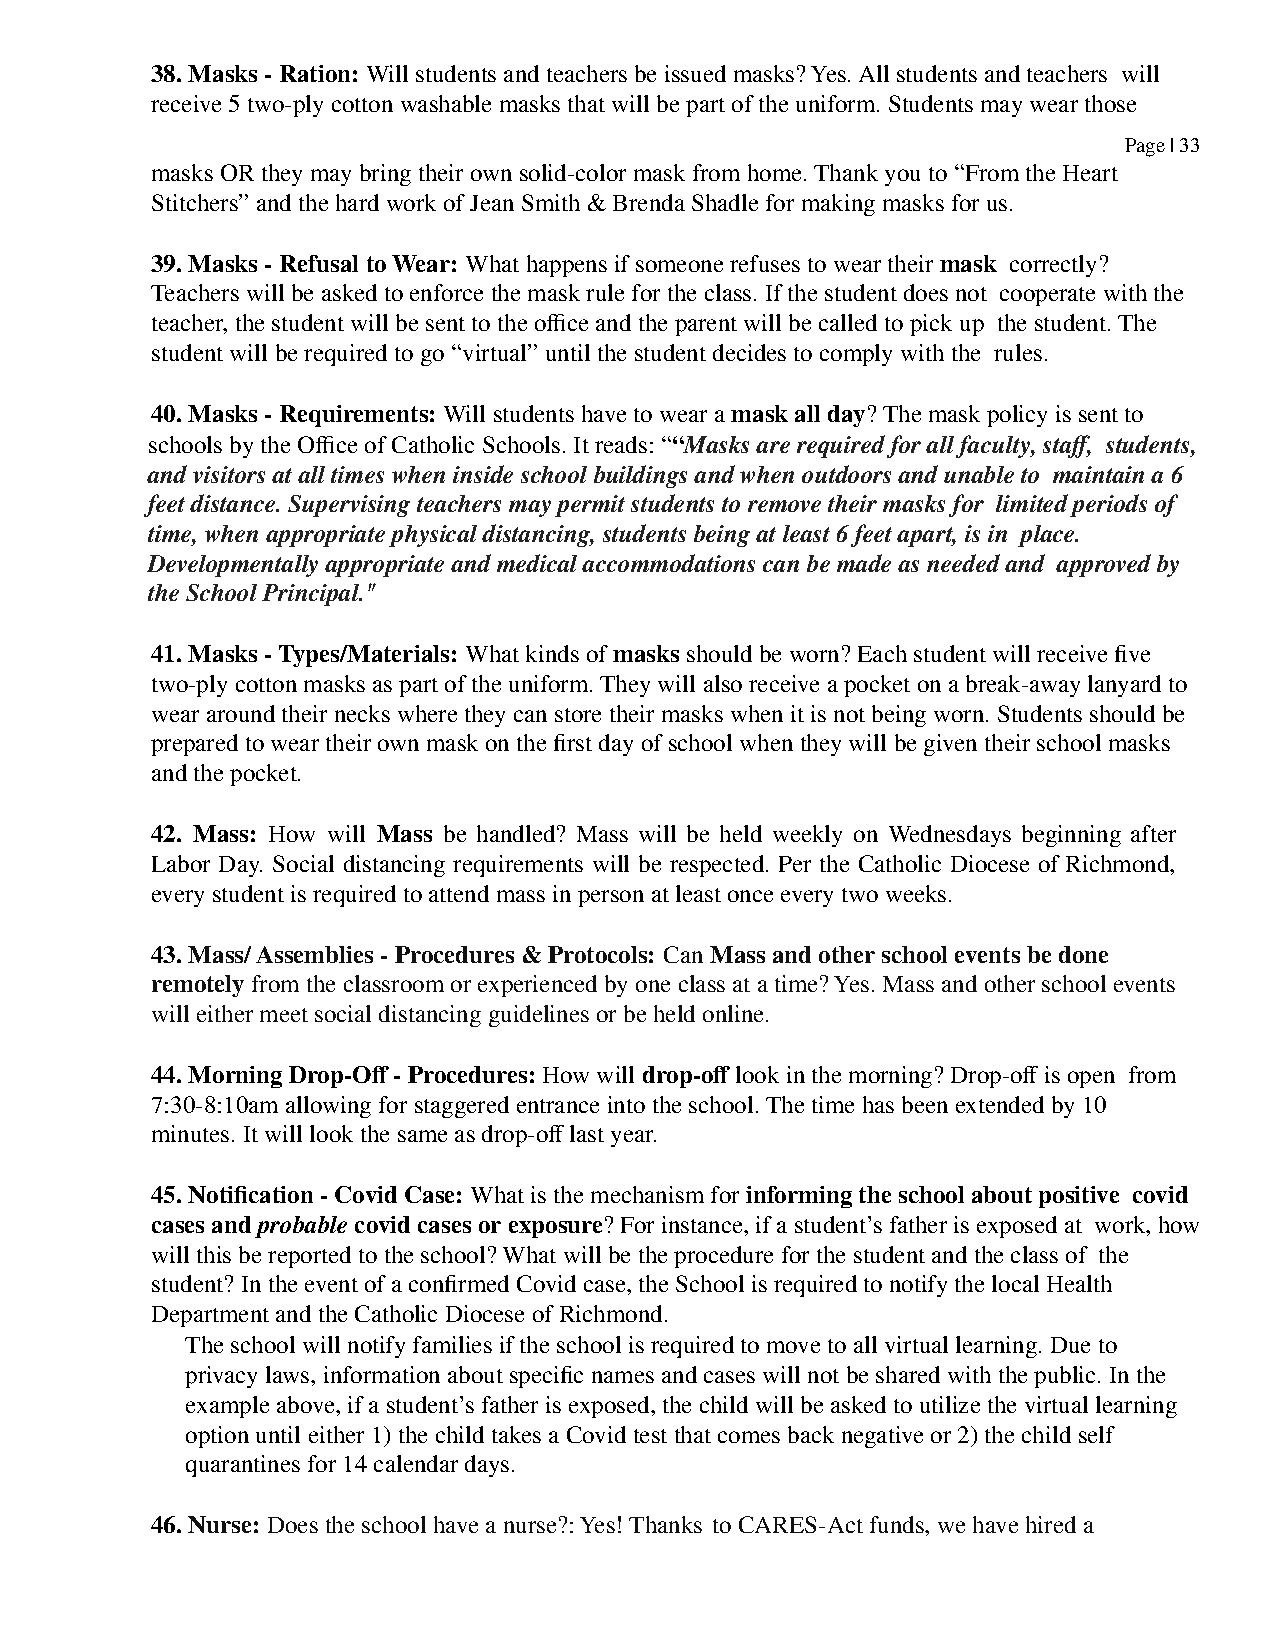
38. Masks - Ration: Will students and teachers be issued masks? Yes. All students and teachers will
 receive 5 two-ply cotton washable masks that will be part of the uniform. Students may wear those
 Page | 33
 masks OR they may bring their own solid-color mask from home. Thank you to “From the Heart
 Stitchers” and the hard work of Jean Smith & Brenda Shadle for making masks for us.
 39. Masks - Refusal to Wear: What happens if someone refuses to wear their mask correctly?
 Teachers will be asked to enforce the mask rule for the class. If the student does not cooperate with the
 teacher, the student will be sent to the office and the parent will be called to pick up the student. The
 student will be required to go “virtual” until the student decides to comply with the rules.
 40. Masks - Requirements: Will students have to wear a mask all day? The mask policy is sent to
 schools by the Office of Catholic Schools. It reads: ““Masks are required for all faculty, staff, students,
 and visitors at all times when inside school buildings and when outdoors and unable to maintain a 6
 feet distance. Supervising teachers may permit students to remove their masks for limited periods of
 time, when appropriate physical distancing, students being at least 6 feet apart, is in place.
 Developmentally appropriate and medical accommodations can be made as needed and approved by
 the School Principal."
 41. Masks - Types/Materials: What kinds of masks should be worn? Each student will receive five
 two-ply cotton masks as part of the uniform. They will also receive a pocket on a break-away lanyard to
 wear around their necks where they can store their masks when it is not being worn. Students should be
 prepared to wear their own mask on the first day of school when they will be given their school masks
 and the pocket.
 42. Mass: How will Mass be handled? Mass will be held weekly on Wednesdays beginning after
 Labor Day. Social distancing requirements will be respected. Per the Catholic Diocese ofRichmond,
 every student is required to attend mass in person at least once every two weeks.
 43. Mass/ Assemblies - Procedures & Protocols: Can Mass and other school events be done
 remotely from the classroom or experienced by one class at a time? Yes. Mass and other school events
 will either meet social distancing guidelines or be held online.
 44. Morning Drop-Off - Procedures: How will drop-off look in the morning? Drop-off is open from
 7:30-8:10am allowing for staggered entrance into the school. The time has been extended by 10
 minutes. It will look the same as drop-off last year.
 45. Notification - Covid Case: What is the mechanism for informing the school about positive covid
 cases and probable covid cases or exposure? For instance, if a student’s father is exposed at work, how
 will this be reported to the school? What will be the procedure for the student and the class of the
 student? In the event of a confirmed Covid case, the School is required to notify the local Health
 Department and the Catholic Diocese of Richmond.
 The school will notify families if the school is required to move to all virtual learning. Due to
 privacy laws, information about specific names and cases will not be shared with the public. In the
 example above, if a student’s father is exposed, the child will be asked to utilize the virtual learning
 option until either 1) the child takes a Covid test that comes back negative or 2) the child self
 quarantines for 14 calendar days.
 46. Nurse: Does the school have a nurse?: Yes! Thanks to CARES-Act funds, we have hired a